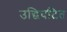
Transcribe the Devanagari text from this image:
उद्धिघटित